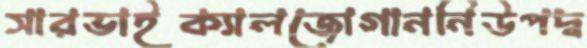
সারভাইক্যালজোগাননিউপদ্ব